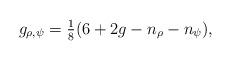
LaTeX: \begin{align*}g_{\rho,\psi}=\tfrac{1}{8}(6+2g-n_{\rho}-n_{\psi}),\end{align*}